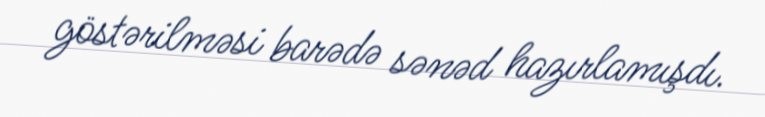
göstərilməsi barədə sənəd hazırlamışdı.